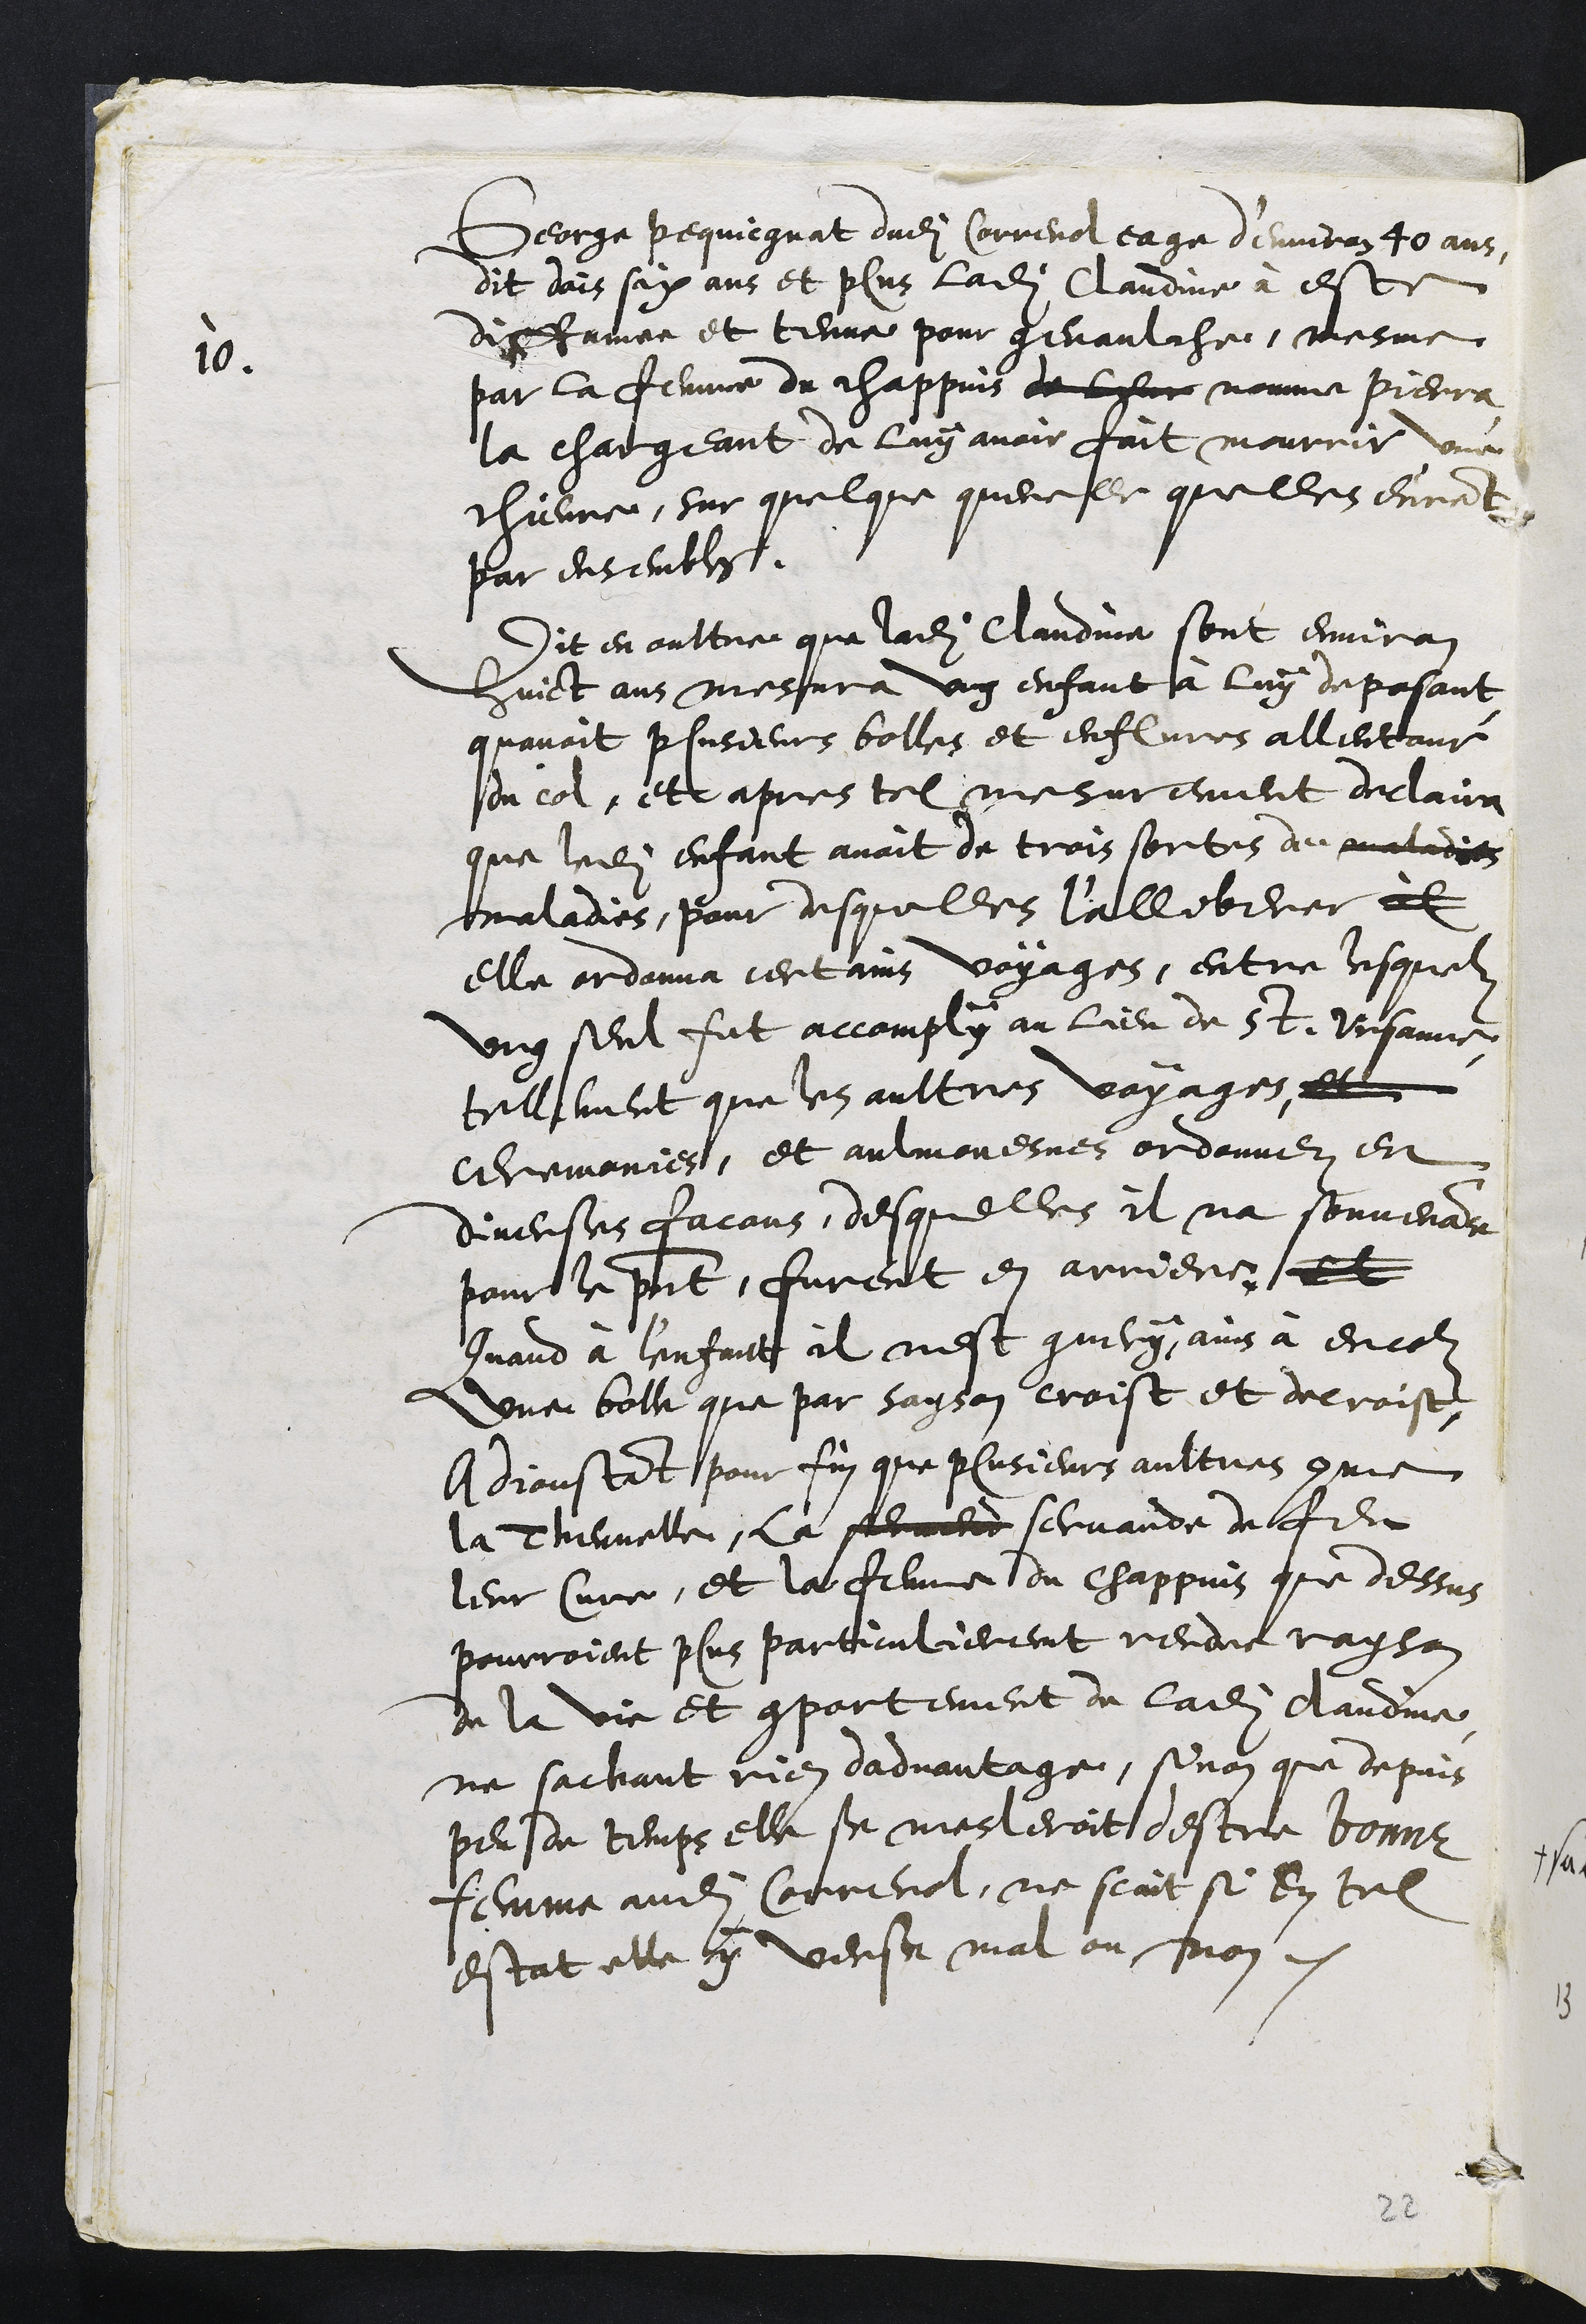
10.
George pequicgnat dudit Correnol eage d'environ 40 ans
dit dais six ans et plus ladite Claudine à este
diffamee et tenue pour genaulche, mesme
par la femme du chappuis de leur nomme Pierra
la chargeant de luy avoir fait mourrir une
chievre, sur quelque querelle quelles eurent
par ensembles.
Dit en oultre que ladite Claudine sont environ
huict ans mesura ung enfant à luy deposant
quavoit plusieurs bolles et enflures allentour
du col, et apres tel mesurement declaira
que ledit enffant avoit de trois sortes de maladies
maladies, pour desquelles l'alliberer il
elle ordonna certains voyages, entre lesquelz
ung seul fut accomply au lieu de St. Ursanne
tellement que les aultres voyages, et
ceremonies, et aulmouesnes ordonnez en
diverses facons, desquelles il na souvenance
pour le present, furent en arrieres, et
Quand à l'enfant il nest guery, ains à encor
une bolle que par sayson croist et decroist,
Adjoustant pour fin que plusieurs aultres comme
la Thennelle, la servend servande de feu
leur Cure, et la femme du chappuis que dessus
pourroient plus particulierement rendre rayson
de la vie et comportement de ladite Claudine
ne sachant rien dadvantage, sinon que depuis
peu de temps elle se mesleroit destre bonne
femme audit Correnol, ne scait si en tel
estat elle sy verse mal ou non
22